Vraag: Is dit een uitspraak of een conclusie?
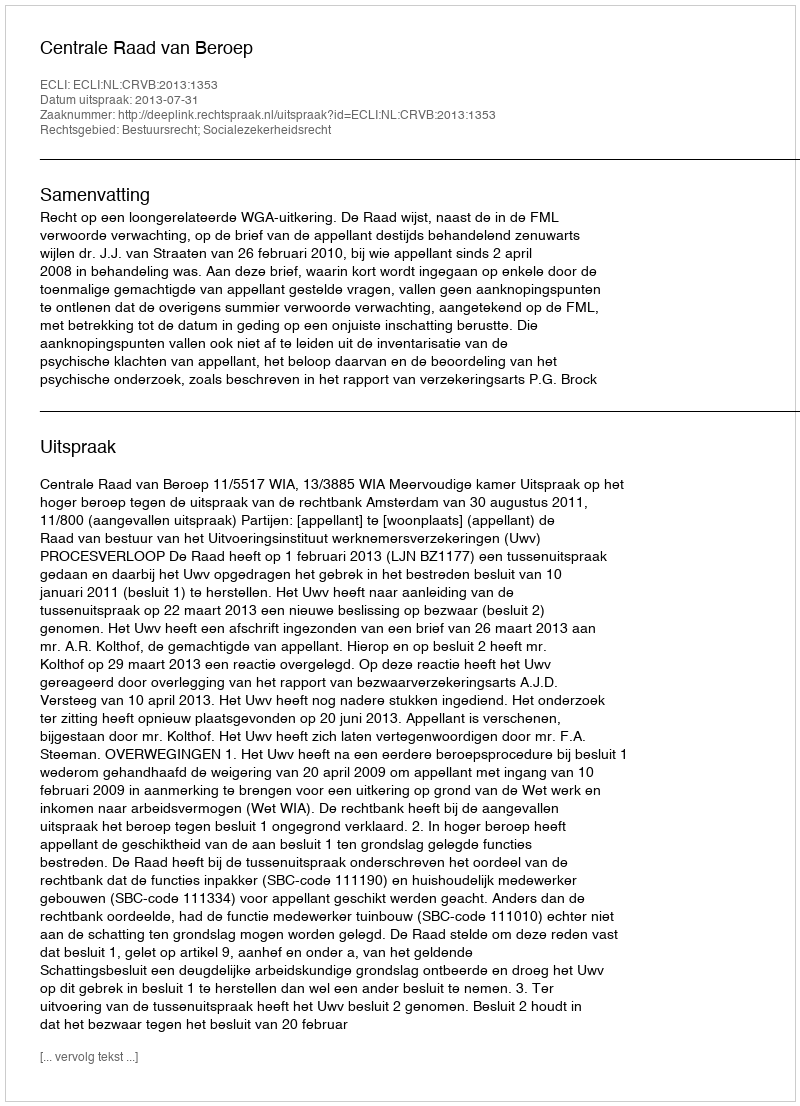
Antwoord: Uitspraak